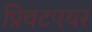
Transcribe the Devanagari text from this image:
प्रिवटएयर